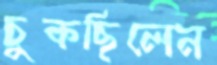
চুকছিলেন